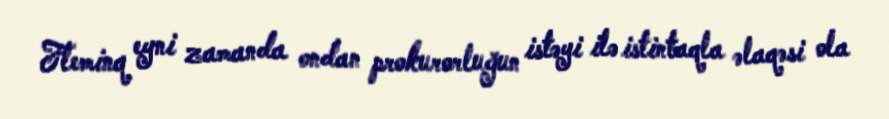
Fleminq eyni zamanda ondan prokurorluğun istəyi ilə istintaqla əlaqəsi ola